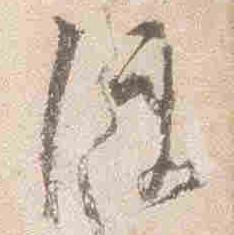
使